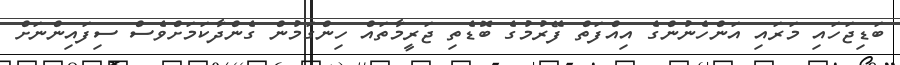
ބަޑިޖަހައި މަރައި އަންހެނުންގެ އިއްފަތް ފޭރުމުގެ ބޮޑެތި ޖަރީމާތައް ހިންގަމުން ގެންދާކަމަށްވެސް ސިފައިންނަށް